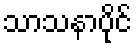
သာသနာပိုင်